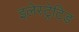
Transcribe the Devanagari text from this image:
इलेस्‍ट्रेटिड